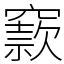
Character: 窾